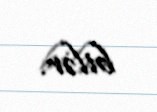
bilər.